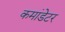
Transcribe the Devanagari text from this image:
कमांडेटर